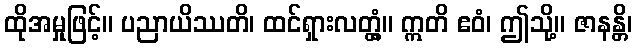
ထိုအမှုဖြင့်။ ပညာယိဿတိ၊ ထင်ရှားလတ္တံ့။ ဣတိ ဧဝံ၊ ဤသို့။ ဇာနန္တိ၊